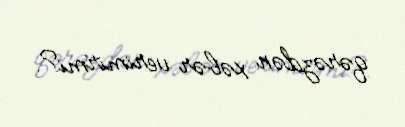
qərəzdən xəbər verimirmi?.